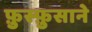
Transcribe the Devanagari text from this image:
फ़ुस्फ़ुसाने